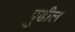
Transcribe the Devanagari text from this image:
पुुढील